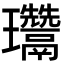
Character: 𤫨